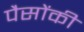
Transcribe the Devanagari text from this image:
पैसोंकी